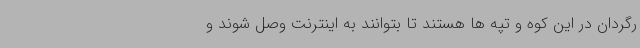
رگردان در این کوه و تپه ها هستند تا بتوانند به اینترنت وصل شوند و